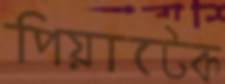
পিয়াটেক